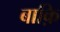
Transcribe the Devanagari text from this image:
बाक़ि